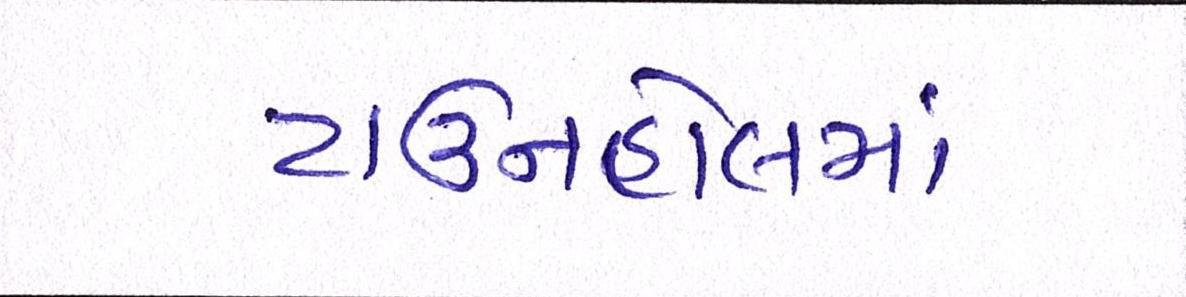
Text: ટાઉનહોલમાં